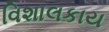
વિશાલકાય